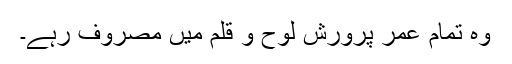
وہ تمام عمر پرورش لوح و قلم میں مصروف رہے۔